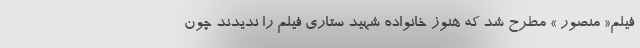
فیلم« منصور » مطرح شد که هنوز خانواده شهید ستاری فیلم را ندیدند چون